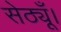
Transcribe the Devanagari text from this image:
सेठ्यूँ।